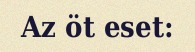
Az öt eset: